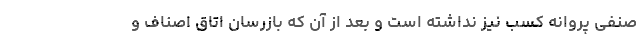
صنفی پروانه کسب نیز نداشته است و بعد از آن که بازرسان اتاق اصناف و